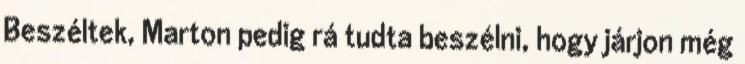
Beszéltek, Marton pedig rá tudta beszélni, hogy járjon még